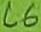
Text: C6